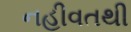
નહીવતથી